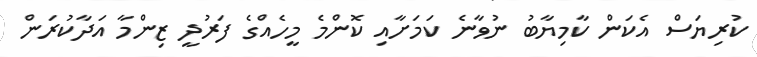
ކުރިޔަސް އެކަން ކާމިޔާބު ނުވާނެ ކަމަށާއި ކޮންމެ މީހެއްގެ ފަރުދީ ޒިންމާ އަދާކުރަން